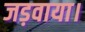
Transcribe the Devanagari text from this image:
जड़वाया।